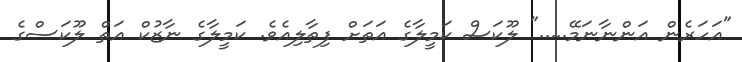
"އަހަރެން އަންނާނަމޭ....." ލޫކަސް ކަމީލާގެ އަތަށް ފިތާލިއެވެ. ކަމީލާގެ ނާޒުކް އަތް ލޫކަސްގެ